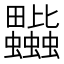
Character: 𧖎